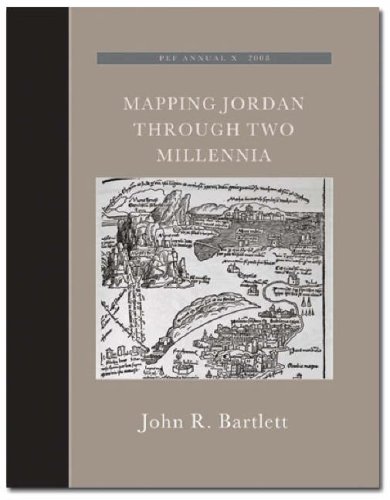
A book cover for Mapping Jordan through Two Millennia (Palestine Exploration Fund Annual X); John Bartlett; History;